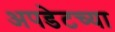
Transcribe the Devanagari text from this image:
अपडेटच्या